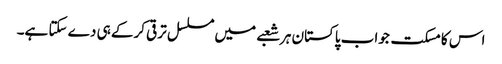
اس کا مسکت جواب پاکستان ہر شعبے میں مسلسل ترقی کرکے ہی دے سکتا ہے۔